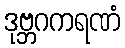
ဒုဗ္ဘဂကရဏံ